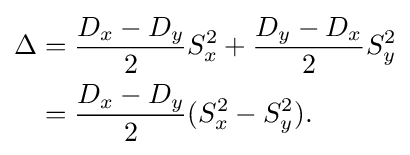
{\begin{aligned}\Delta &={\frac {D_{x}-D_{y}}{2}}S_{x}^{2}+{\frac {D_{y}-D_{x}}{2}}S_{y}^{2}\\&={\frac {D_{x}-D_{y}}{2}}(S_{x}^{2}-S_{y}^{2}).\end{aligned}}